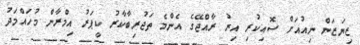
ޒިޔަޒަން ނިއުއަށް ސޮއިކުރި އިރު ރާއްޖޭގެ އެންމެ ތަޖުރިބާކާރު ކީޕަރު އިމްރާން މުހައްމަދު